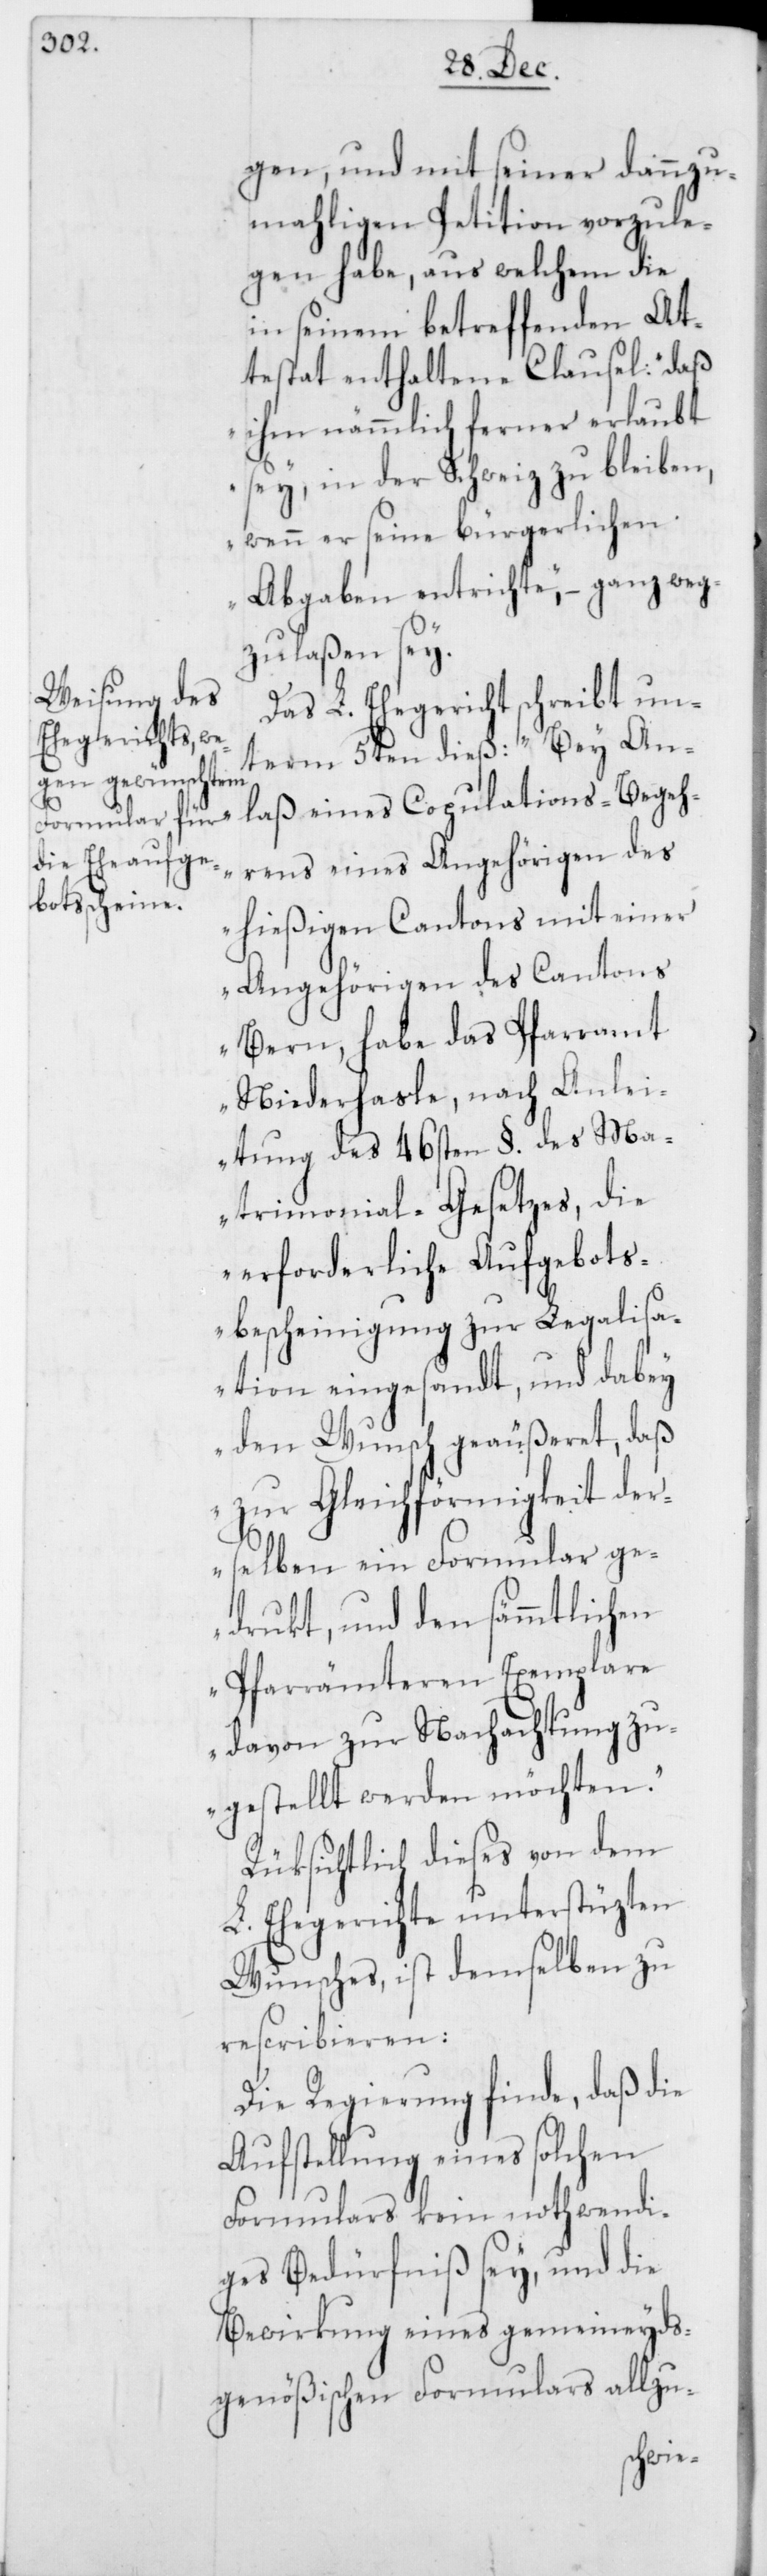
gen, und mit seiner dannzu¬
mahligen Petition vorzule¬
gen habe, aus welchem die
in seinem betreffenden At¬
testat enthaltene Clausel: „daß
ihm nämmlich ferner erlaubt
sey, in der Schweiz zu bleiben,
wenn er seine bürgerlichen
Abgaben entrichte“, – ganz weg¬
zulaßen sey.
Das L. Ehegericht schreibt un¬
term 5ten dieß: „Bey An¬
laß eines Copulations-Begeh¬
rens eines Angehörigen des
hießigen Cantons mit einer
Angehörigen des Cantons
Bern, habe das Pfarramt
Niederhasle, nach Anlei¬
tung des 46sten §. des Ma¬
trimonial-Gesetzes, die
erforderliche Aufgebot¬
sbescheinigung zur Legalisa¬
tion eingesandt, und dabey
den Wunsch geäußeret, daß
zur Gleichförmigkeit der¬
selben ein Formular ge¬
drukt, und den sämmtlichen
Pfarrämteren Exemplare
davon zur Nachachtung zu¬
gestellt werden möchten.“
Rüksichtlich dieses von dem
L. Ehegerichte unterstüzten
Wunsches, ist demselben zu
rescribieren:
Die Regierung finde, daß die
Aufstellung eines solchen
Formulars kein nothwendi¬
ges Bedürfniß sey, und die
Bewirkung eines gemeineyds¬
genößischen Formulars allzu-